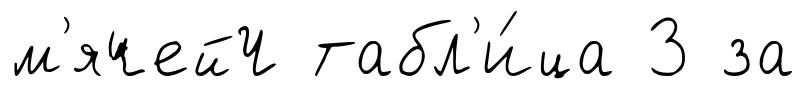
м'ячейЧ табл'и́ца 3 за